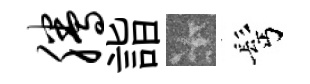
腾詣卡髩